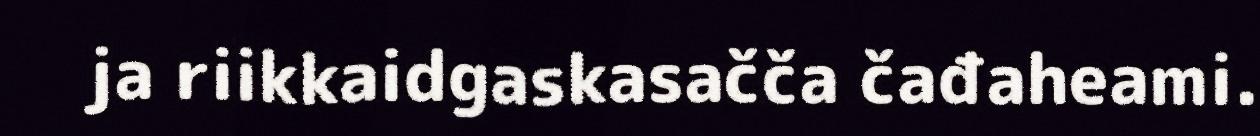
ja riikkaidgaskasačča čađaheami.